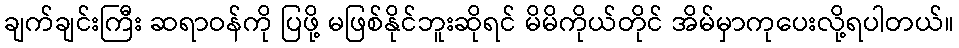
ချက်ချင်းကြီး ဆရာဝန်ကို ပြဖို့ မဖြစ်နိုင်ဘူးဆိုရင် မိမိကိုယ်တိုင် အိမ်မှာကုပေးလို့ရပါတယ်။